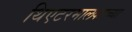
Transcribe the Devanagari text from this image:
थिएटरमालकाच्या